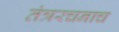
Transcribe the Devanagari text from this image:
तंत्ररचनाच